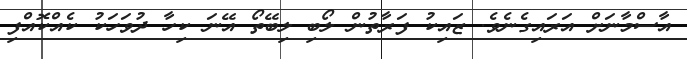
އާސްމާނަށް އަރައިގެނެވެ. ޒައިކު ފަރާތުން ލޯބި ލިބޭތޯ އޭނަ ކިހާ ދުވަހަކު ކެއްކޮއްފި